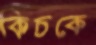
কিচকে